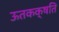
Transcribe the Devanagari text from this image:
ऊतकक्षति